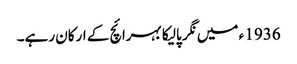
1936 ء میں نگر پالیکا بہرائچ کے ارکان رہے۔